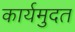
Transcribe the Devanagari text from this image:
कार्यमुदत